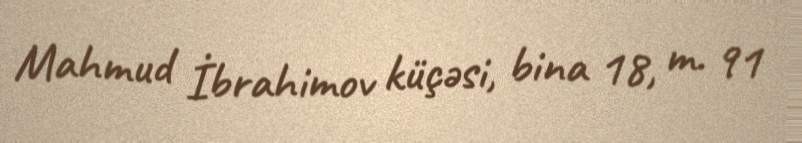
Mahmud İbrahimov küçəsi, bina 18, m. 91